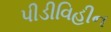
પીડીવિહીન